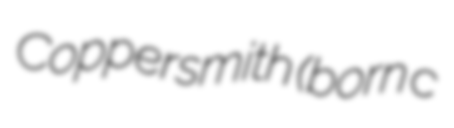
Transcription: Coppersmith (born c